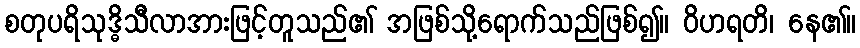
စတုပရိသုဒ္ဓိသီလာအားဖြင့်တူသည်၏ အဖြစ်သို့ရောက်သည်ဖြစ်၍။ ဝိဟရတိ၊ နေ၏။